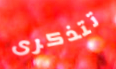
تتذكرى